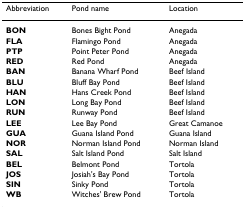
| Abbreviation | Pond name | Location |
 | --- | --- | --- |
 | BON | Bones Bight Pond | Anegada |
 | FLA | Flamingo Pond | Anegada |
 | PTP | Point Peter Pond | Anegada |
 | RED | Red Pond | Anegada |
 | BAN | Banana Wharf Pond | Beef Island |
 | BLU | Bluff Bay Pond | Beef Island |
 | HAN | Hans Creek Pond | Beef Island |
 | LON | Long Bay Pond | Beef Island |
 | RUN | Runway Pond | Beef Island |
 | LEE | Lee Bay Pond | Great Camanoe |
 | GUA | Guana Island Pond | Guana Island |
 | NOR | Norman Island Pond | Norman Island |
 | SAL | Salt Island Pond | Salt Island |
 | BEL | Belmont Pond | Tortola |
 | JOS | Josiah's Bay Pond | Tortola |
 | SIN | Sinky Pond | Tortola |
 | WB | Witches' Brew Pond | Tortola |